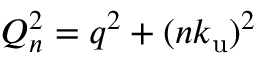
Q _ { n } ^ { 2 } = q ^ { 2 } + ( n { k _ { \mathrm { u } } } ) ^ { 2 }